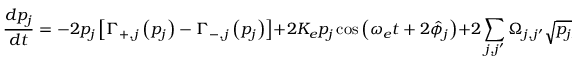
\frac { d p _ { j } } { d t } = - 2 p _ { j } \left[ \Gamma _ { + , j } \left( p _ { j } \right) - \Gamma _ { - , j } \left( p _ { j } \right) \right] + 2 K _ { e } p _ { j } \cos \left( \omega _ { e } t + 2 \hat { \phi } _ { j } \right) + 2 \sum _ { j , j ^ { \prime } } \Omega _ { j , j ^ { \prime } } \sqrt { p _ { j } p _ { j ^ { \prime } } } \cos \left( \hat { \phi } _ { j } - \hat { \phi } _ { j ^ { \prime } } - \beta _ { j , j ^ { \prime } } \right)